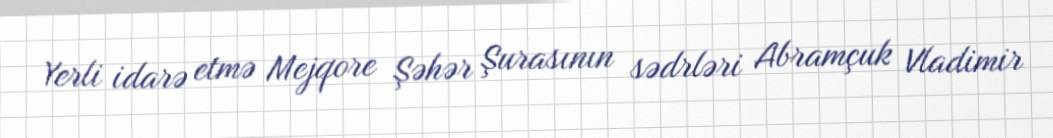
Yerli idarə etmə Mejqore Şəhər Şurasının sədrləri Abramçuk Vladimir